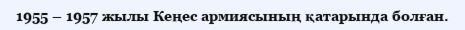
1955 – 1957 жылы Кеңес армиясының қатарында болған.